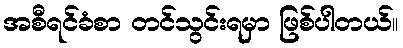
အစီရင်ခံစာ တင်သွင်းရမှာ ဖြစ်ပါတယ်။